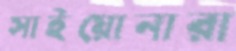
সাইয়োনারা